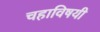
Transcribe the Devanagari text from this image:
चहाविषयी